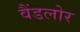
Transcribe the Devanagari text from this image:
वैंडलोर